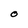
Character: O